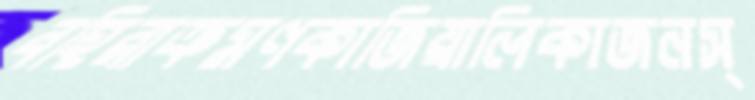
বহিরাক্রমণকাজিয়ালিকাজনস্